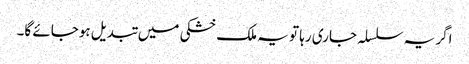
اگر یہ سلسلہ جاری رہا تو یہ ملک خشکی میں تبدیل ہوجائے گا۔